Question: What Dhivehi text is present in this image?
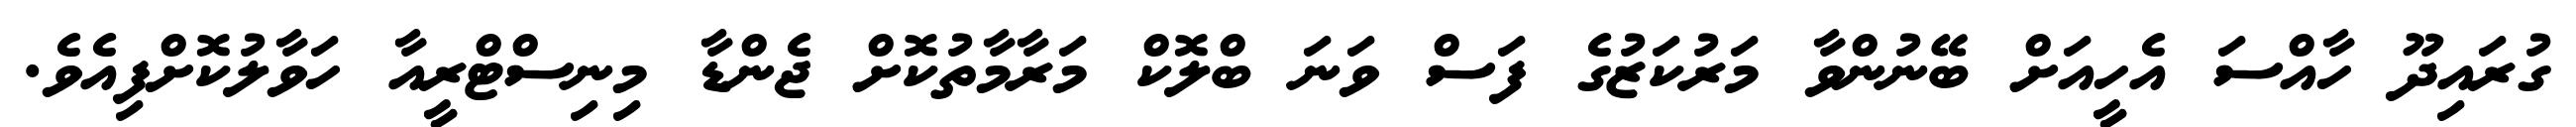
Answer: ގުރައިދޫ ހާއްސަ އެހީއަށް ބޭނުންވާ މަރުކަޒުގެ ފަސް ވަނަ ބްލޮކް މަރާމާތުކޮށް ޖެންޑާ މިނިސްޓްރީއާ ހަވާލުކޮށްފިއެވެ.